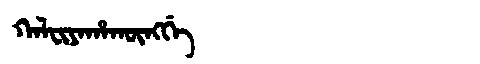
Manchu: ᡴᠠᠯᠸᡳᠶᠠᡥᠠᡴᡡᠩᡤᡝ
Romanization: KALFIYAHAKŪNGGE